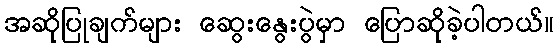
အဆိုပြုချက်များ ဆွေးနွေးပွဲမှာ ပြောဆိုခဲ့ပါတယ်။